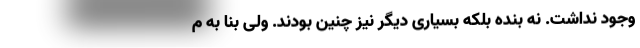
وجود نداشت. نه بنده بلکه بسیاری دیگر نیز چنین بودند. ولی بنا به م